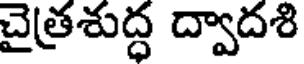
చైత్రశుద్ధ ద్వాదశి